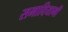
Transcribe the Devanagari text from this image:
समादियामी